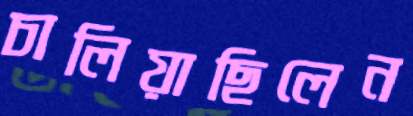
চালিয়াছিলেন